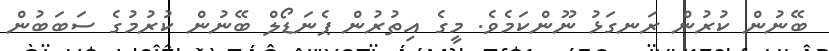
ބޭނުން ކުރުން ރަނގަޅު ނޫންކަމެވެ. މީގެ އިތުރުން ޕެނަޑޯލް ބޭނުން ކުރުމުގެ ސަބަބުން